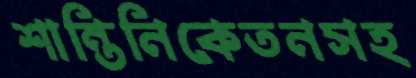
শান্তিনিকেতনসহ